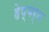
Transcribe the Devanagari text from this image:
हेप्बर्न